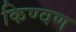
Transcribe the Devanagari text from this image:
किण्वण